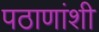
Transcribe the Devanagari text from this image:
पठाणांशी